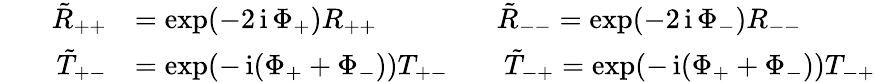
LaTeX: \begin{array}{rl}{\tilde{R}_{++}}&{=\exp(-2\operatorname{i}\Phi_{+})R_{++}\qquad\qquad\ \tilde{R}_{--}=\exp(-2\operatorname{i}\Phi_{-})R_{--}}\\ {\qquad\tilde{T}_{+-}}&{=\exp(-\operatorname{i}(\Phi_{+}+\Phi_{-}))T_{+-}\qquad\tilde{T}_{-+}=\exp(-\operatorname{i}(\Phi_{+}+\Phi_{-}))T_{-+}}\end{array}